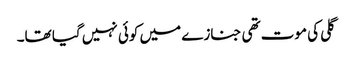
گلی کی موت تھی جنازے میں کوئی نہیں گیا تھا۔